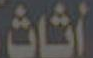
أثاث